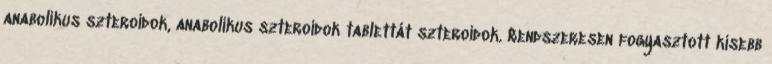
anabolikus szteroidok, anabolikus szteroidok tablettát szteroidok. Rendszeresen fogyasztott kisebb